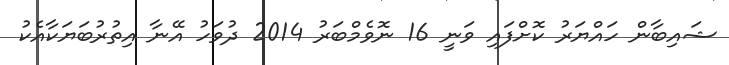
ޝައިބާން ހައްޔަރު ކޮށްފައި ވަނީ 16 ނޮވެމްބަރު 2014 ދުވަހު އޭނާ އިތުރުބަޔަކާއެކު